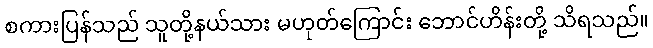
စကားပြန်သည် သူတို့နယ်သား မဟုတ်ကြောင်း ဘောင်ဟိန်းတို့ သိရသည်။